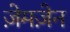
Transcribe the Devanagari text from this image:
ज़ेमज़ेन